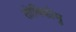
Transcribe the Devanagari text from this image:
तोबिकोमु